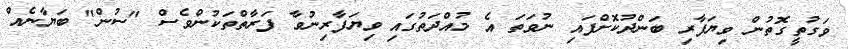
ވަގުތީގޮތުން ވިޔަފާރި ބަންދުކޮށްފައި ނުވަތަ އެ މުއްދަތުގައި ވިޔަފާރިނުވާ ފަރާތްތަކުންވެސް "ސުން" ބަޔާނެއް